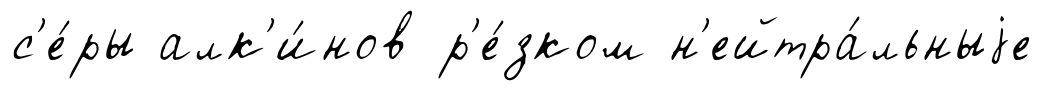
с'е́ры алк'и́нов р'е́зком н'ейтра́льныjе